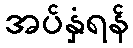
အပ်နှံရန်